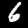
Label: 6